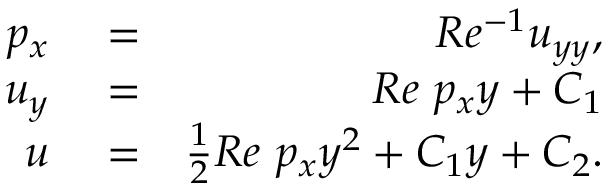
\begin{array} { r l r } { p _ { x } } & { { } = } & { R e ^ { - 1 } u _ { y y } , } \\ { u _ { y } } & { { } = } & { R e \ p _ { x } y + C _ { 1 } } \\ { u } & { { } = } & { \frac { 1 } { 2 } R e \ p _ { x } y ^ { 2 } + C _ { 1 } y + C _ { 2 } . } \end{array}